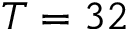
T = 3 2